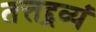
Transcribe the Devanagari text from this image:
तत्तद्द्रव्यं